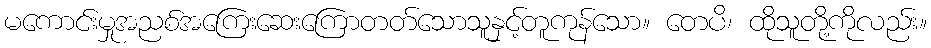
မကောင်းမှုအညစ်အကြေးဆေးကြောတတ်သောသူနှင့်တူကုန်သော။ တေပိ၊ ထိုသူတို့ကိုလည်း။